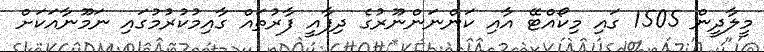
މީލާދީން 1505 ގައި މިކޯއްޓޭ އާއި ކަންނަންނޫރުގެ ދިފާއީ ފާރުތައް ގާއިމުކުރުމުގައި ނަމޫނާއަކަށް